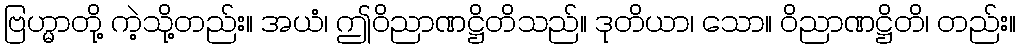
ဗြဟ္မာတို့ ကဲ့သို့တည်း။ အယံ၊ ဤဝိညာဏဋ္ဌိတိသည်။ ဒုတိယာ၊ သော။ ဝိညာဏဋ္ဌိတိ၊ တည်း။